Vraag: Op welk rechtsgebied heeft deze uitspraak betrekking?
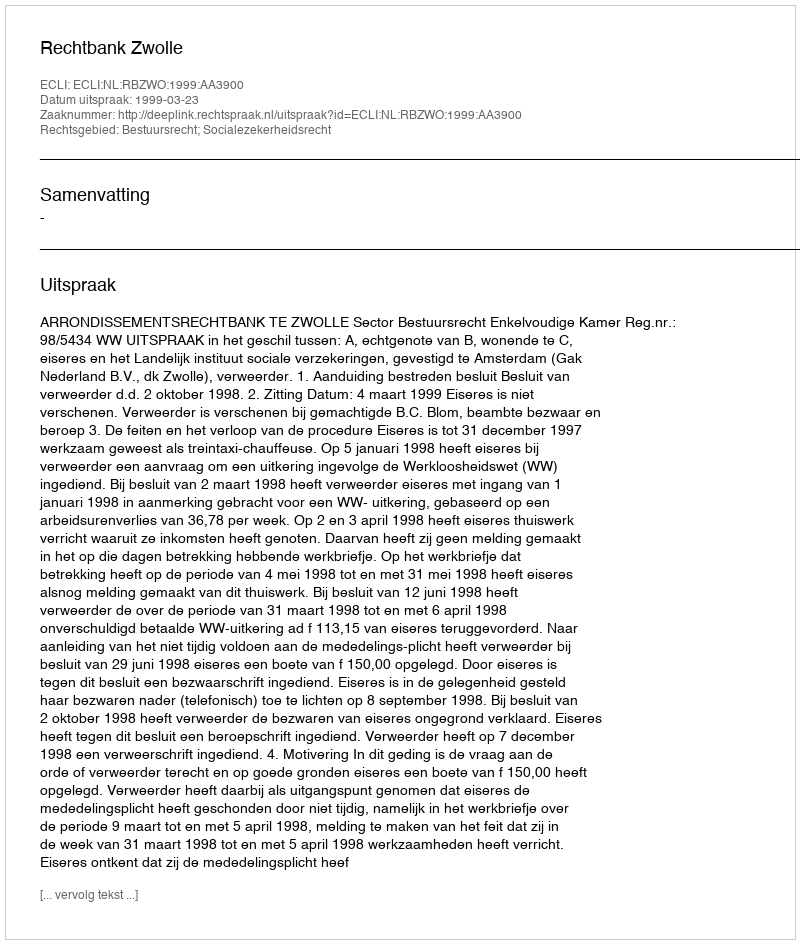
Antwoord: Bestuursrecht; Socialezekerheidsrecht